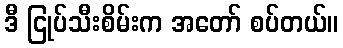
ဒီ ငြုပ်သီးစိမ်းက အတော် စပ်တယ်။